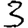
Digit: 3